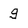
Character: g